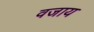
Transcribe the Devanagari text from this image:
वजाय